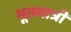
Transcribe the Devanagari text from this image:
भूतमात्रीं